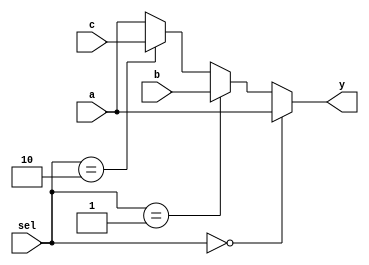
module Mux3(a, b, c, sel, y);
  input [31:0] a, b, c;
  input [1:0] sel;
  output wire [31:0] y;
  assign y = (sel == 2'b00) ? a:
             (sel == 2'b01) ? b:
             (sel == 2'b10) ? c : a;
endmodule